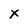
Character: X